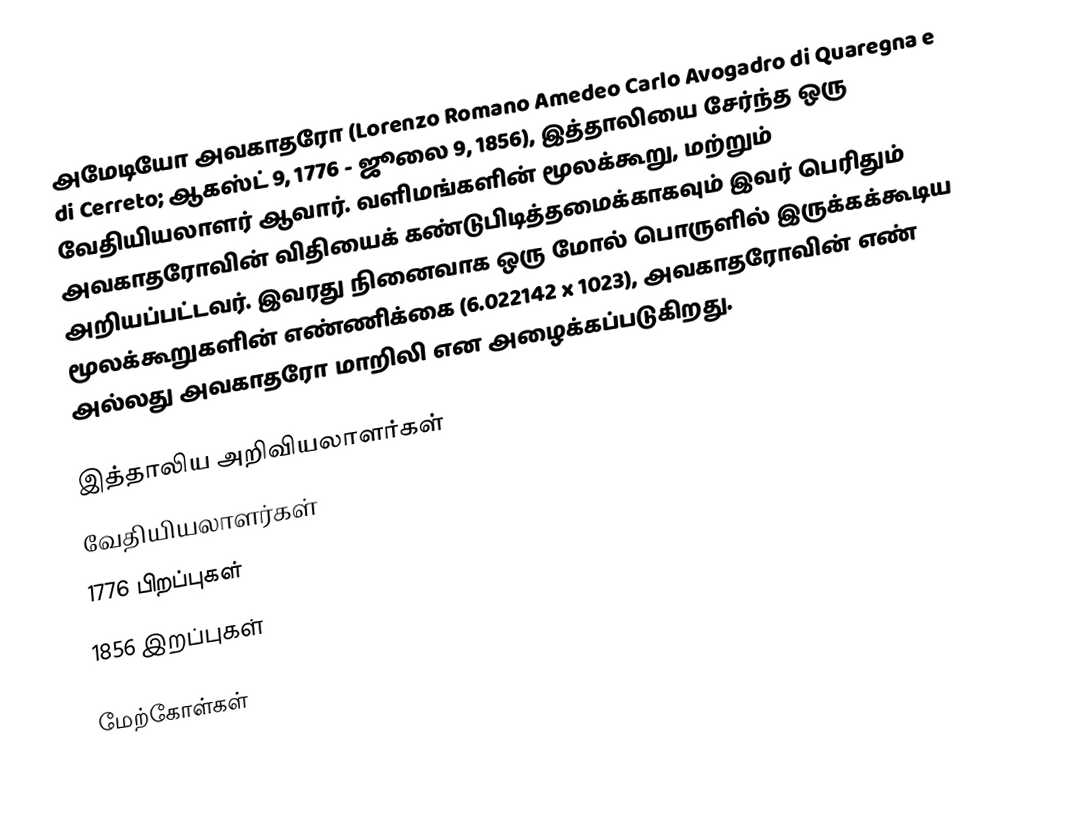
அமேடியோ அவகாதரோ (Lorenzo Romano Amedeo Carlo Avogadro di Quaregna e di Cerreto; ஆகஸ்ட் 9, 1776 - ஜூலை 9, 1856), இத்தாலியை சேர்ந்த ஒரு வேதியியலாளர் ஆவார். வளிமங்களின் மூலக்கூறு, மற்றும் அவகாதரோவின் விதியைக் கண்டுபிடித்தமைக்காகவும் இவர் பெரிதும் அறியப்பட்டவர். இவரது நினைவாக ஒரு மோல் பொருளில் இருக்கக்கூடிய மூலக்கூறுகளின் எண்ணிக்கை (6.022142 x 1023), அவகாதரோவின் எண் அல்லது அவகாதரோ மாறிலி என அழைக்கப்படுகிறது.

இத்தாலிய அறிவியலாளர்கள்
வேதியியலாளர்கள்
1776 பிறப்புகள்
1856 இறப்புகள்

மேற்கோள்கள்